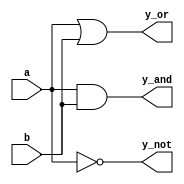
module simple_continuous_assignment (
    input wire a,       // First input
    input wire b,       // Second input
    output wire y_and,  // Output for AND operation
    output wire y_or,   // Output for OR operation
    output wire y_not   // Output for NOT operation
);

// Continuous assignment for AND operation
assign y_and = a & b; // y_and is continuously assigned the result of a AND b

// Continuous assignment for OR operation
assign y_or = a | b;  // y_or is continuously assigned the result of a OR b

// Continuous assignment for NOT operation
assign y_not = ~a;     // y_not is continuously assigned the result of NOT a

endmodule